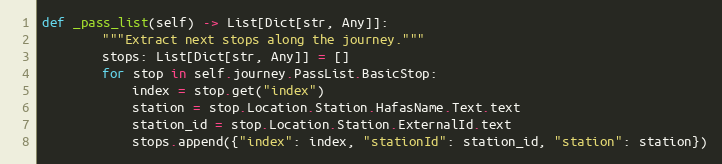
Language: Python
def _pass_list(self) -> List[Dict[str, Any]]:
        """Extract next stops along the journey."""
        stops: List[Dict[str, Any]] = []
        for stop in self.journey.PassList.BasicStop:
            index = stop.get("index")
            station = stop.Location.Station.HafasName.Text.text
            station_id = stop.Location.Station.ExternalId.text
            stops.append({"index": index, "stationId": station_id, "station": station})